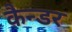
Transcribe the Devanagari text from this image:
कैन्डर